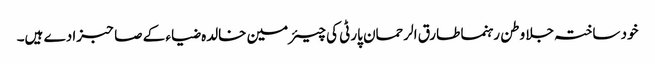
خود ساختہ جلا وطن رہنما طارق الرحمان پارٹی کی چیئرمین خالدہ ضیاء کے صاحبزادے ہیں۔